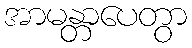
အာမန္တာပေတွာ